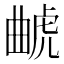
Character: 𰲥